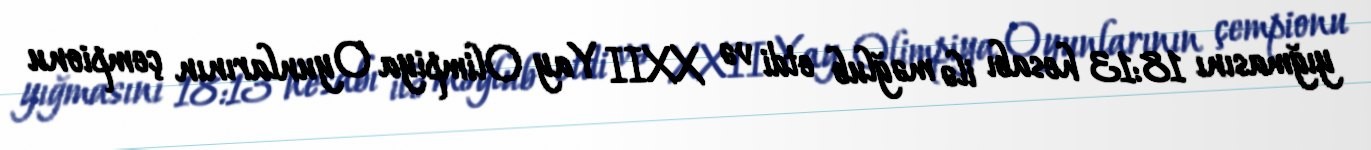
yığmasını 18:13 hesabı ilə məğlub etdi və XXII Yay Olimpiya Oyunlarının çempionu